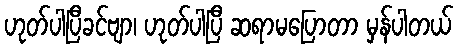
ဟုတ်ပါပြီခင်ဗျာ၊ ဟုတ်ပါပြီ ဆရာမပြောတာ မှန်ပါတယ်